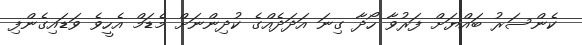
ކެންސަރު ބައްޔަށް ފަރުވާ ހޯދާ ގިނަ އަދަދެއްގެ ކުދިންނަށް މެޑަމް އެހީވެ ވަޑައިގެންފި